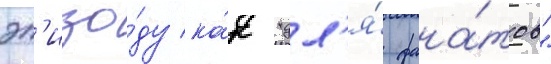
эп'изо́ду ка́к "дл'я́ фана́тов"